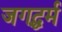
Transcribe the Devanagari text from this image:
जगद्धर्म